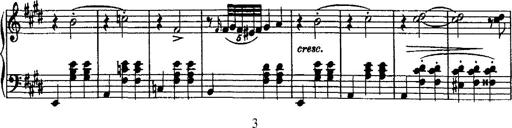
Title: Valse mÃ©lancolique
Composer: Paul Vidal
Key: F-sharp minor